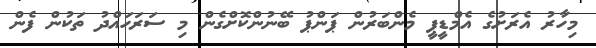
މިހާރު އެރަށުގެ އެމްޑީޕީ މެންބަރުން ޕަންޕު ބޭނުންކޮށްގެން މި ސަރަހައްދު ތަކުން ފެން